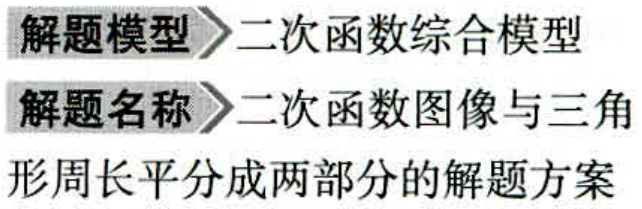
解题模型$\rhd$二次函数综合模型
解题名称$\rhd$二次函数图像与三角形周长平分成两部分的解题方案